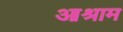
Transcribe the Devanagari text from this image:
आश्राम